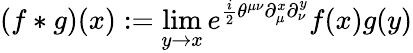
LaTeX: (f*g)(x):=\operatorname*{lim}_{y\rightarrow x}e^{\frac{i}{2}\theta^{\mu\nu}\partial_{\mu}^{x}\partial_{\nu}^{y}}f(x)g(y)